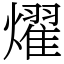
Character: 燿